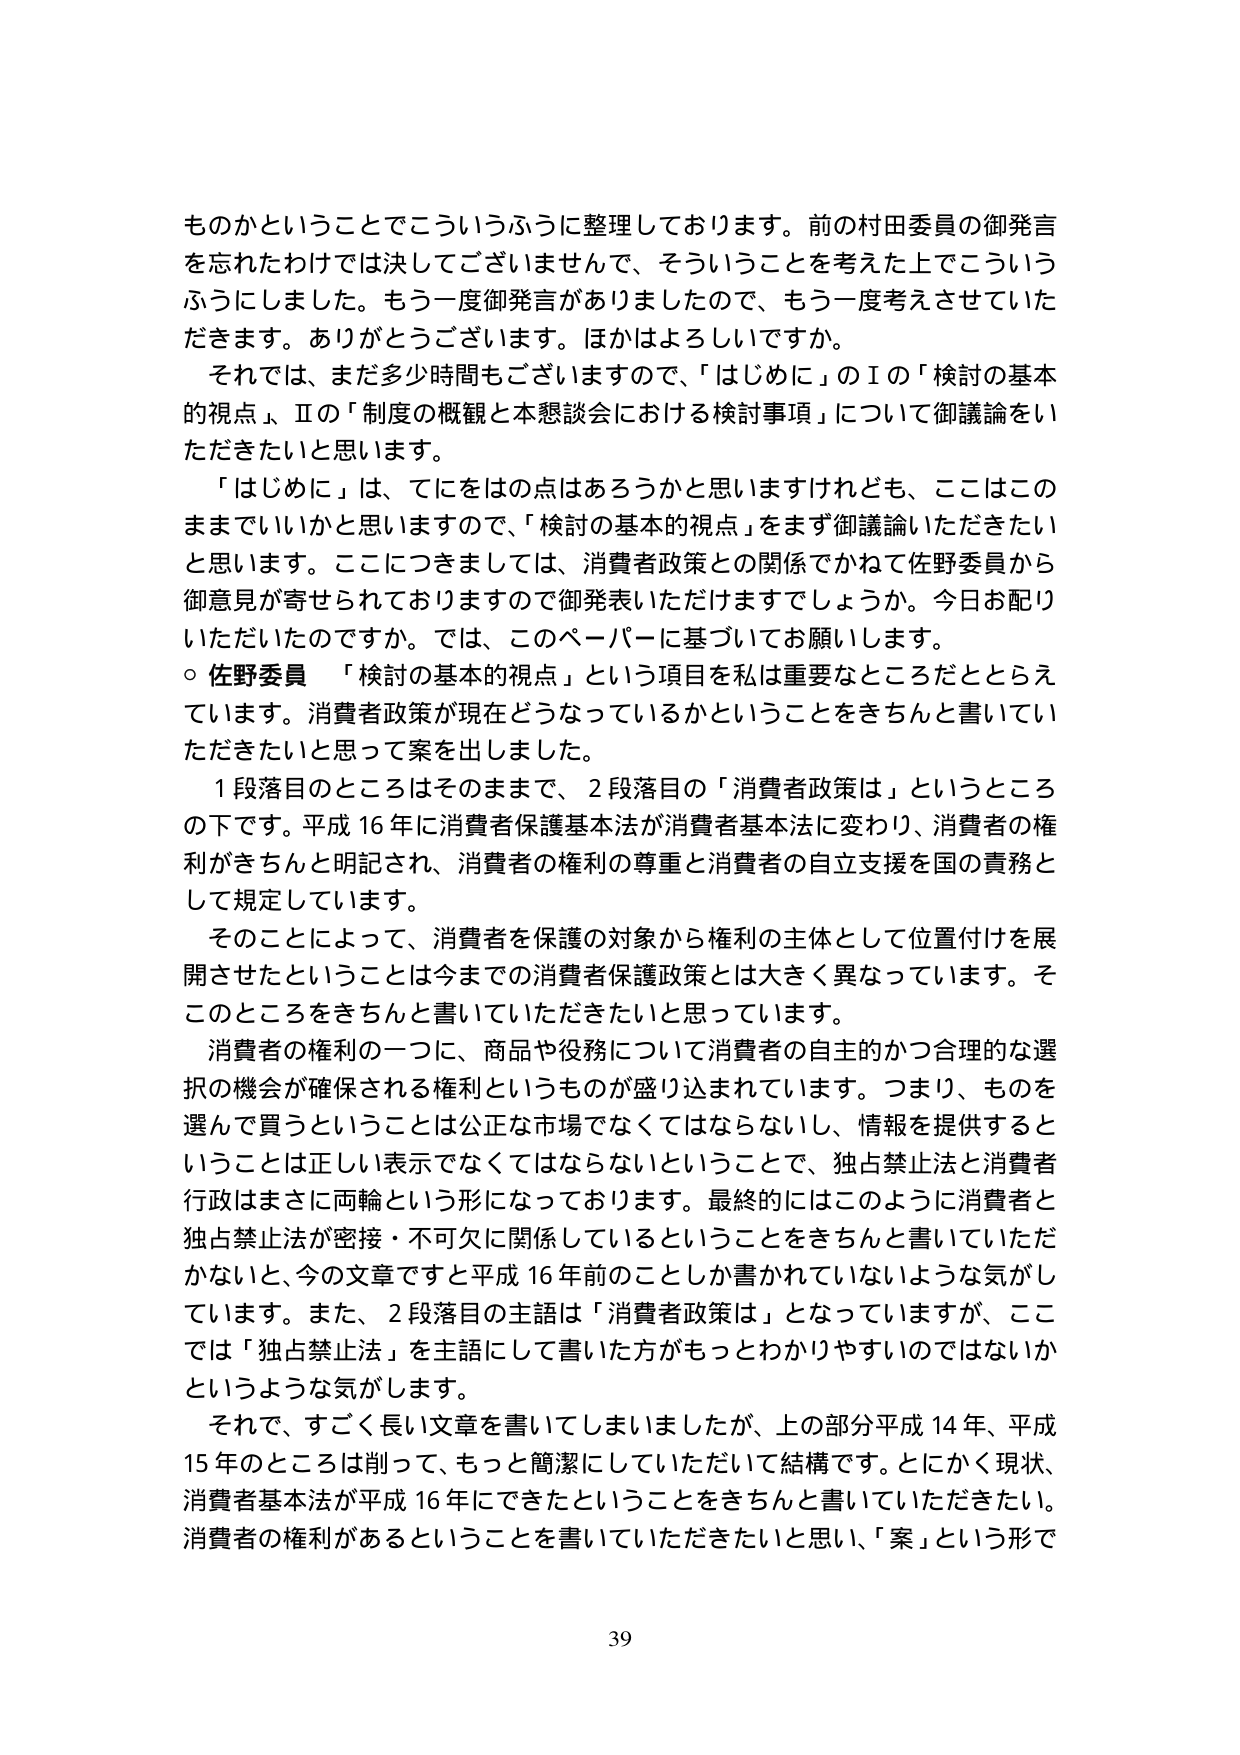
ものかということでこういうふうに整理しております。前の村田委員の御発言を忘れたわけでは決してございませんで、そういうことを考えた上でこういうふうにしました。もう一度御発言がありましたので、もう一度考えさせていただきます。ありがとうございます。ほかはよろしいですか。

それでは、まだ多少時間もございますので、「はじめに」のⅠの「検討の基本的視点」、Ⅱの「制度の概観と本懇談会における検討事項」について御議論をいただきたいと思います。

「はじめに」は、てにをはの点はあろうかと思いますけれども、ここはこのままでいいかと思いますので、「検討の基本的視点」をまず御議論いただきたいと思います。ここにつきましては、消費者政策との関係でかねて佐野委員から御意見が寄せられておりますので御発表いただけますでしょうか。今日お配りいただいたのですか。では、このペーパーに基づいてお願いします。

○ 佐野委員 「検討の基本的視点」という項目を私は重要なところだととらえています。消費者政策が現在どうなっているかということをきちんと書いていただきたいと思って案を出しました。

1段落目のところはそのまま、2段落目の「消費者政策は」というところの下です。平成16年に消費者保護基本法が消費者基本法に変わり、消費者の権利がきちんと明記され、消費者の権利の尊重と消費者の自立支援を国の責務として規定しています。

そのことによって、消費者を保護の対象から権利の主体として位置付けを展開させたということは今までの消費者保護政策とは大きく異なっています。そこのところをきちんと書いていただきたいと思っています。

消費者の権利の一つに、商品や役務について消費者の自主的かつ合理的な選択の機会が確保される権利というものが盛り込まれています。つまり、ものを選んで買うということは公正な市場でなくてはならないし、情報を提供することは正しい表示でなくてはならないということで、独占禁止法と消費者行政はまさに両輪という形になっております。最終的にはこのように消費者と独占禁止法が密接・不可欠に関係しているということをきちんと書いていただかないと、今の文章ですと平成16年前のことしか書かれていないような気がしています。また、2段落目の主語は「消費者政策は」となっていますが、ここでは「独占禁止法」を主語にして書いた方がもっとわかりやすいのではないかというような気がします。

それで、すごく長い文章を書いてしまいましたが、上の部分平成14年、平成15年のところは削って、もっと簡潔にしていただいて結構です。とにかく現状、消費者基本法が平成16年にできたということをきちんと書いていただきたい。消費者の権利があるということを書いていただきたいと思い、「案」という形で

39